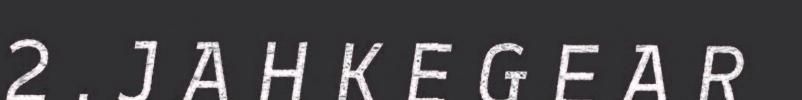
2 . J A H K E G E A R